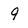
Character: 9